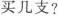
买几支?